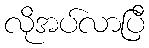
လိုအပ်လာပြီ